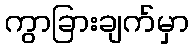
ကွာခြားချက်မှာ